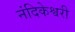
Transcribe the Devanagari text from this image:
नंदिकेश्वरी